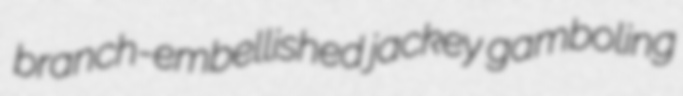
branch-embellished jackey gamboling